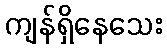
ကျန်ရှိနေသေး